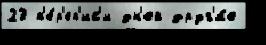
23 п'е́р'еп'ис'и дн'ей друг'и́е